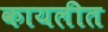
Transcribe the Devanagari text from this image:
कायलीत